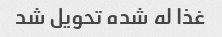
غذا له شده تحویل شد